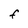
Character: F